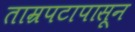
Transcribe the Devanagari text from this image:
ताम्रपटापासून